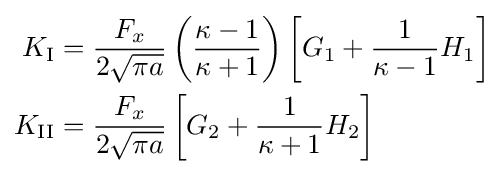
{\begin{aligned}K_{\rm {I}}&={\frac {F_{x}}{2{\sqrt {\pi a}}}}\left({\frac {\kappa -1}{\kappa +1}}\right)\left[G_{1}+{\frac {1}{\kappa -1}}H_{1}\right]\\K_{\rm {II}}&={\frac {F_{x}}{2{\sqrt {\pi a}}}}\left[G_{2}+{\frac {1}{\kappa +1}}H_{2}\right]\end{aligned}}